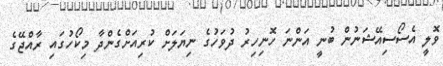
ވޮލީ އެސޯސިއޭޝަނުން ބުނީ އަންނަ ހޮނިހިރު ދުވަހުގެ ނިޔަލަށް ކުރިއަށްގެންދާ މިކޯހުގައި ރާއްޖޭގެ